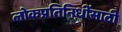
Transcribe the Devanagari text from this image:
लोकप्रतिनिधींसाठी